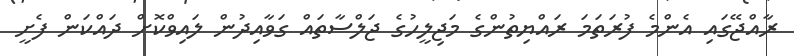
ރާއްޖޭގައި އެންމެ ފުރަތަމަ ރައްޔިތުންގެ މަޖިލީހުގެ ޖަލްސާތައް ގަވާއިދުން ލައިވްކޮށް ދައްކަން ފެށީ